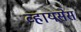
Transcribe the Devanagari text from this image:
व्हायसेस